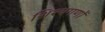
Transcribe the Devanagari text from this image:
शिश्यगणों